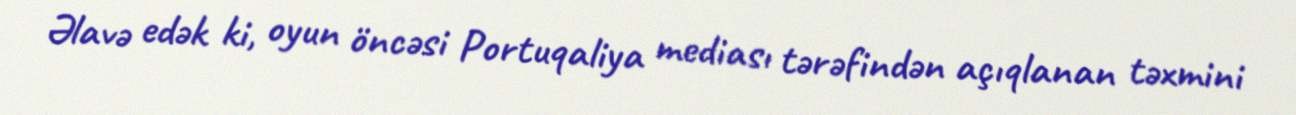
Əlavə edək ki, oyun öncəsi Portuqaliya mediası tərəfindən açıqlanan təxmini